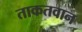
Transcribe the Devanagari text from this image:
ताकतवान